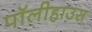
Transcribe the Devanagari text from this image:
पॉलीहाउस